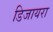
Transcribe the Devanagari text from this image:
डिजायरा